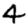
Digit: 4